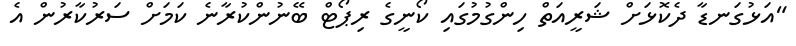
"އަޅުގަނޑާ ދެކޮޅަށް ޝަރީއަތް ހިންގުމުގައި ކޯނީގެ ރިޕޯޓް ބޭނުންކުރާނެ ކަމަށް ސަރުކާރުން އެ